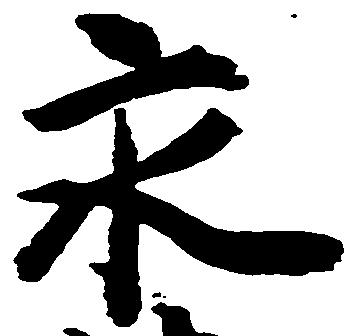
永